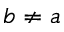
b \neq a